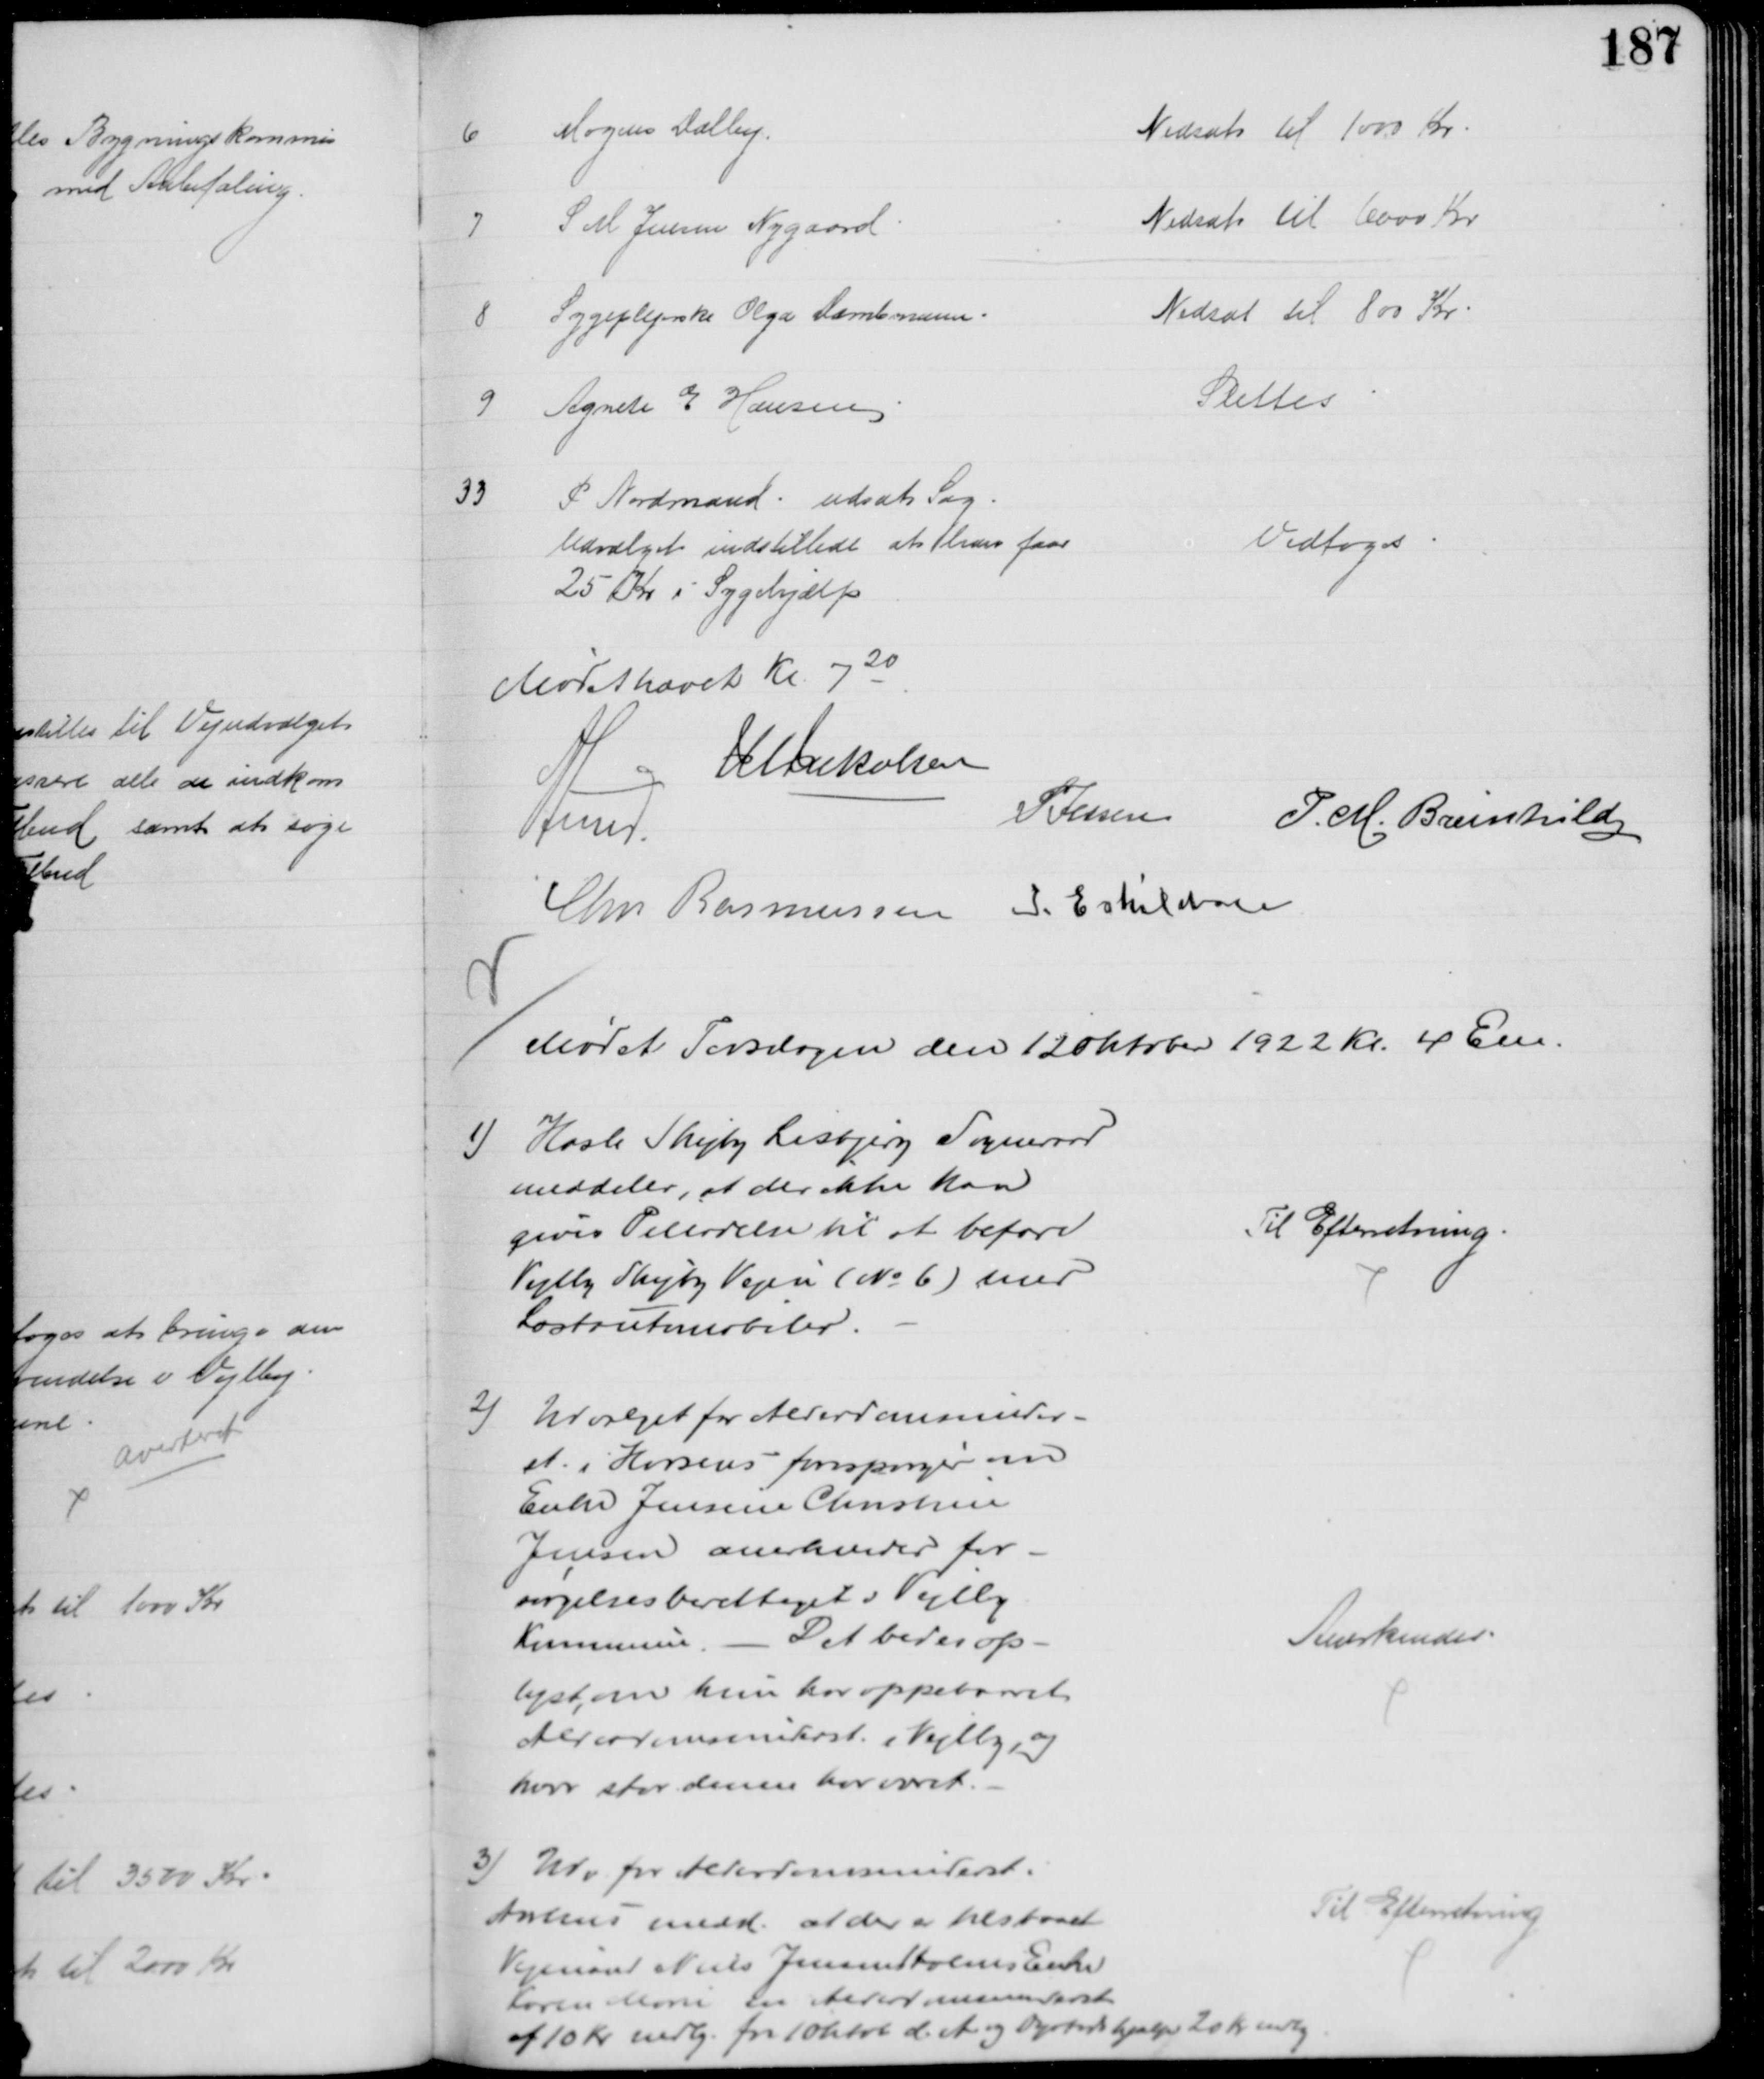
Transskription:
6
Mogens Dalby
Nedsat til 1000 Kr
7
S M Jensen Nygaard
Nedsat til 6000 Kr
8
Sygeplejerske Olga Dambmann
Nedsat til 800 Kr
9
Agnete E Hansen
Slettes
33
P Nordmand udsat Sag
Udvalget indstillede at han faar
25 Kr i Sygehjælp
Vedtoges
Mødet hævet Kl. 720
J M Jakobsen
A Lund.
P Jessen
P. M. Breinhild
Chr Rasmussen
I. Eskildsen
Mødet Torsdagen den 12 oktober 1922 Kr. 4 Em.
1) Hasle Skejby Lisbjerg Sogneraad
meddeler, at der ikke kan
gives Tilladelse til at befare
Vejlby Skejby Vejen (№ 6) med
Lastautomobiler.
Til Efterretning
2)
Udvalget for Alderdomsunder-
st. i Horsens forespørger om
Enke Jensine Christine
Jensen anerkendes for-
sørgelsesberettiget i Vejlby
Kommune. - Det bedes op-
lyst om hun har oppebaaret
Alderdomsunderst. i Vejlby, og
hvor stor denne har været.
Anerkendes
3) Udv for Alderdomsunderst. i
Aarhus medd. at der er tilstaaet
Vejmand Niels Jensen Holms Enke
Karen Marie en Alderdomsunderst
af 10 Kr mdlg. fra 1 Oktob. d. A. og Dyrtidshjælp 20 Kr. mdlg
Til Efterretning